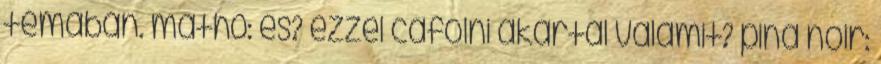
témában. math0: és? ezzel cáfolni akartál valamit? pina noir: